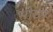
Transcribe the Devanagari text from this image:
भोछा